Annual statistical returns and brief notes on vaccination in Bengal - 1909-1929
Year: 1909
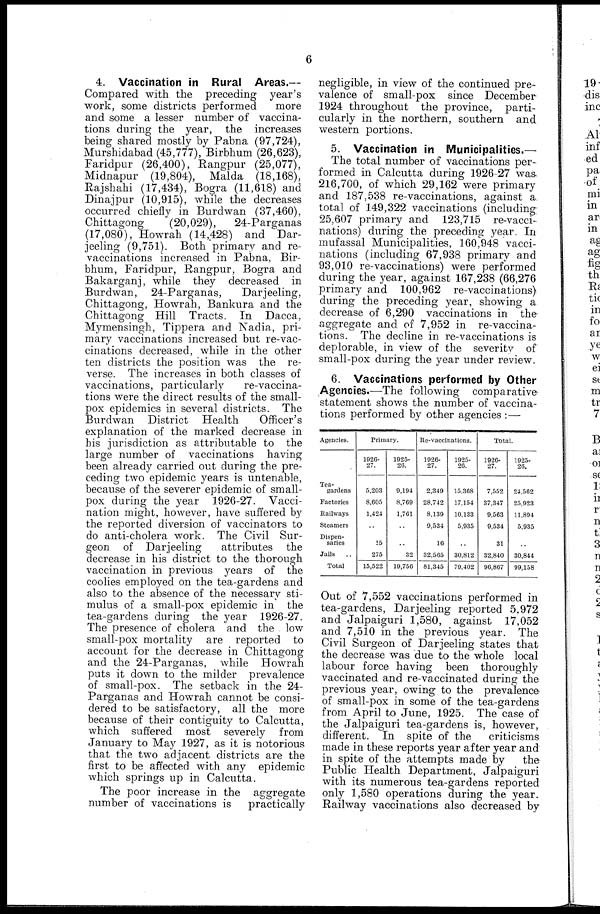
6
4. Vaccination in Rural Areas.—
Compared with the preceding year's
work, some districts performed
more
and some a lesser number of vaccina-
tions during the year, the increases
being shared mostly by Pabna (97,724),
Murshidabad (45,777), Birbhum (26,623),
Faridpur (26,400), Rangpur (25,077),
Midnapur (19,804), Malda (18,168),
Rajshahi (17,434), Bogra (11,618) and
Dinajpur (10,915), while the decreases
occurred chiefly in Burdwan (37,460),
Chittagong
(20,029),
24-Parganas
(17,080), Howrah (14,428) and Dar-
jeeling (9,751). Both primary and re-
vaccinations increased in Pabna, Bir-
bhum, Faridpur, Rangpur, Bogra and
Bakarganj, while they decreased in
Burdwan, 24-Parganas,
Darjeeling,
Chittagong, Howrah, Bankura and the
Chittagong Hill Tracts. In Dacca,
Mymensingh, Tippera and Nadia, pri-
mary vaccinations increased but re-vac-
cinations decreased, while in the other
ten districts the position was the re-
verse. The increases in both classes of
vaccinations, particularly
re-vaccina-
tions were the direct results of the small-
pox epidemics in several districts. The
Burdwan District Health
Officer's
explanation of the marked decrease in
his jurisdiction as attributable to the
large number of vaccinations having
been already carried out during the pre-
ceding two epidemic years is untenable,
because of the severer epidemic of small-
pox during the year 1926-27. Vacci-
nation might, however, have suffered by
the reported diversion of vaccinators to
do anti-cholera work. The Civil Sur-
geon of Darjeeling
attributes the
decrease in his district to the thorough
vaccination in previous years of the
coolies employed on the tea-gardens and
also to the absence of the necessary sti-
mulus of a small-pox epidemic in the
tea-gardens during the year 1926-27.
The presence of cholera and the low
small-pox mortality are reported to
account for the decrease in Chittagong
and the 24-Parganas, while Howrah
puts it down to the milder prevalence
of small-pox. The setback in the 24-
Parganas and Howrah cannot be consi-
dered to be satisfactory, all the more
because of their contiguity to Calcutta,
which suffered most severely from
January to May 1927, as it is notorious
that the two adjacent districts are the
first to be affected with any epidemic
which springs up in Calcutta.
The poor increase in the aggregate
number of vaccinations is
practically
negligible, in view of the continued pre-
valence of small-pox since December
1924 throughout the province, parti-
cularly in the northern, southern and
western portions.
5. Vaccination in Municipalities.—
The total number of vaccinations per-
formed in Calcutta during 1926-27 was
216,700, of which 29,162 were primary
and 187,538 re-vaccinations, against a.
total of 149,322 vaccinations (including
25,607 primary and 123,715 re-vacci-
nations) during the preceding year. In
mufassal Municipalities, 160,948 vacci-
nations (including 67,938 primary and
93,010 re-vaccinations) were performed
during the year, against 167,238 (66,276
primary and 100,962 re-vaccinations)
during the preceding year, showing a
decrease of 6,290 vaccinations in the
aggregate and of 7,952 in re-vaccina-
tions. The decline in re-vaccinations is
deplorable, in view of the severity of
small-pox during the year under review.
6. Vaccinations performed by Other
Agencies.—The following comparative
statement shows the number of vaccina-
tions performed by other agencies :—
Agencies.
Tea-
gardens
Factories
Railways
Steamers
Dispen-
saries
Jails
..
Total
Primary.
1926-
27.
5,203
8,605
1,424
..
15
275
15,522
1925-
26.
9,194
8,769
1,761
..
..
32
19,756
Re-vaccinations.
1926-
27.
2,349
28,742
8,139
9,534
16
32,565
81,345
1925-
26.
15,368
17,154
10,133
5,935
..
30,812
79,402
Total.
1926-
27.
7,552
37,347
9,563
9,534
31
32,840
96,867
1925-
26.
24,562
25,923
11,894
5,935
..
30,844
99,158
Out of 7,552 vaccinations performed in
tea-gardens, Darjeeling reported 5,972
and Jalpaiguri 1,580, against 17,052
and 7,510 in the previous year. The
Civil Surgeon of Darjeeling states that
the decrease was due to the whole local
labour force having been thoroughly
vaccinated and re-vaccinated during the
previous year, owing to the prevalence-
of small-pox in some of the tea-gardens
from April to June, 1925. The case of
the Jalpaiguri tea-gardens is, however,
different. In spite of the
criticisms
made in these reports year after year and
in spite of the attempts made by
the
Public Health Department, Jalpaiguri
with its numerous tea-gardens reported
only 1,580 operations during the year.
Railway vaccinations also decreased by